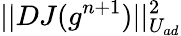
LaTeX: ||DJ(g^{n+1})||_{U_{ad}}^{2}